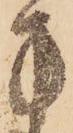
方